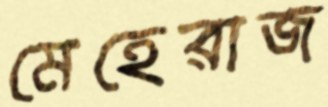
মেহেরাজ